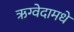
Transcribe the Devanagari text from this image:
ऋग्वेदामधे